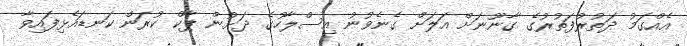
އެއްގަމު ދަތުރުފަތުރުގެ ގާނޫނަށް އަލަށް ގެނެވުނު އިސްލާހުގެ ދަށުން ޕާކް ކުރަން ކަނޑައެޅިފައިވާ